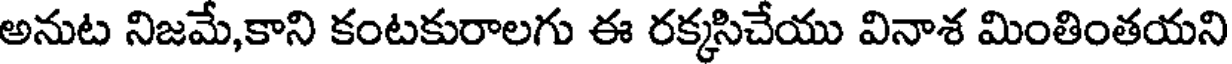
అనుట నిజమే,కాని కంటకురాలగు ఈ రక్కసిచేయు వినాశ మింతింతయని